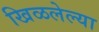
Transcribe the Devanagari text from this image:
खिळलेल्या